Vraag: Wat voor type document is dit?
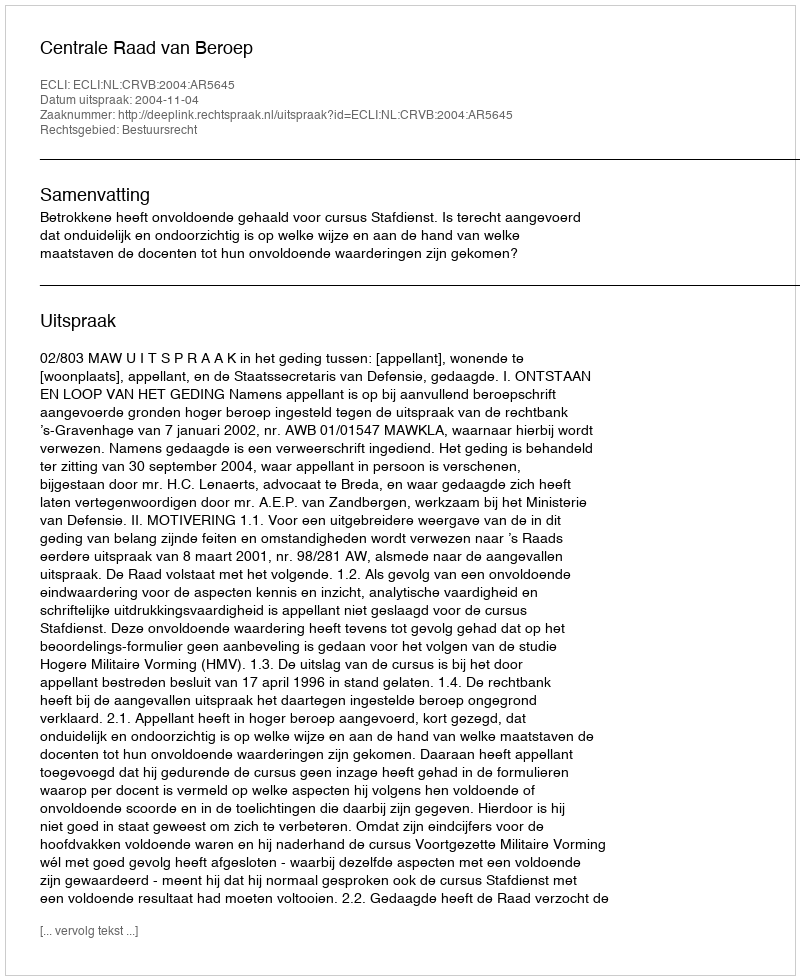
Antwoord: Uitspraak